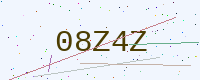
Text: 08Z4Z